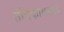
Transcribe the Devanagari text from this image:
तंत्रिकावसाद